Indian Civil Veterinary Department memoirs
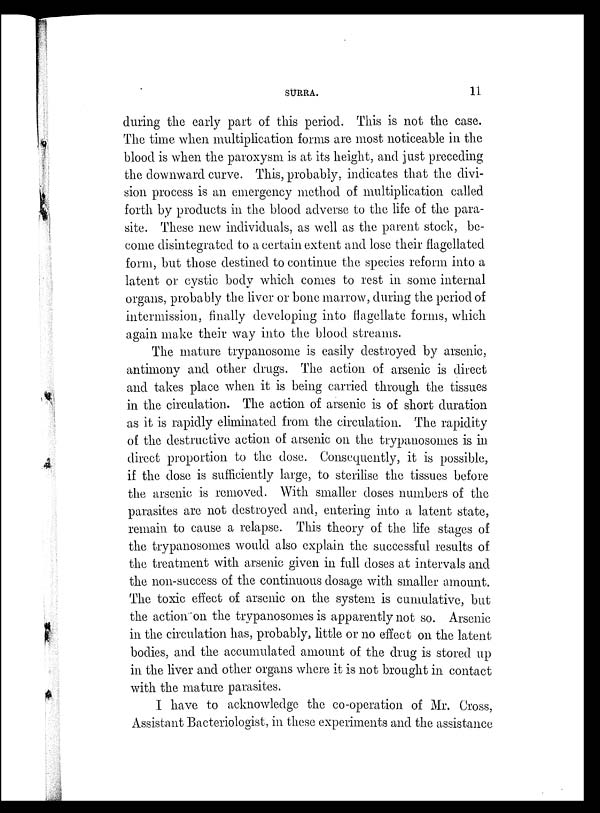
SURRA.
11
during the early part of this period. This is not the case.
The time when multiplication forms are most noticeable in the
blood is when the paroxysm is at its height, and just preceding
the downward curve. This, probably, indicates that the divi-
sion process is an emergency method of multiplication called
forth by products in the blood adverse to the life of the para-
site. These new individuals, as well as the parent stock, be-
come disintegrated to a certain extent and lose their flagellated
form, but those destined to continue the species reform into a
latent or cystic body which comes to rest in some internal
organs, probably the liver or bone marrow, during the period of
intermission, finally developing into flagellate forms, which
again make their way into the blood streams.
The mature trypanosome is easily destroyed by arsenic,
antimony and other drugs. The action of arsenic is direct
and takes place when it is being carried through the tissues
in the circulation. The action of arsenic is of short duration
as it is rapidly eliminated from the circulation. The rapidity
of the destructive action of arsenic on the trypanosomes is in
direct proportion to the dose. Consequently, it is possible,
if the dose is sufficiently large, to sterilise the tissues before
the arsenic is removed. With smaller doses numbers of the
parasites are not destroyed and, entering into a latent state,
remain to cause a relapse. This theory of the life stages of
the trypanosomes would also explain the successful results of
the treatment with arsenic given in full doses at intervals and
the non-success of the continuous dosage with smaller amount.
The toxic effect of arsenic on the system is cumulative, but
the action on the trypanosomes is apparently not so. Arsenic
in the circulation has, probably, little or no effect on the latent
bodies, and the accumulated amount of the drug is stored up
in the liver and other organs where it is not brought in contact
with the mature parasites.
I have to acknowledge the co-operation of Mr. Cross,
Assistant Bacteriologist, in these experiments and the assistance